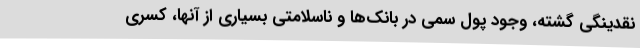
نقدینگی گشته، وجود پول سمی در بانک‌ها و ناسلامتی بسیاری از آنها، کسری